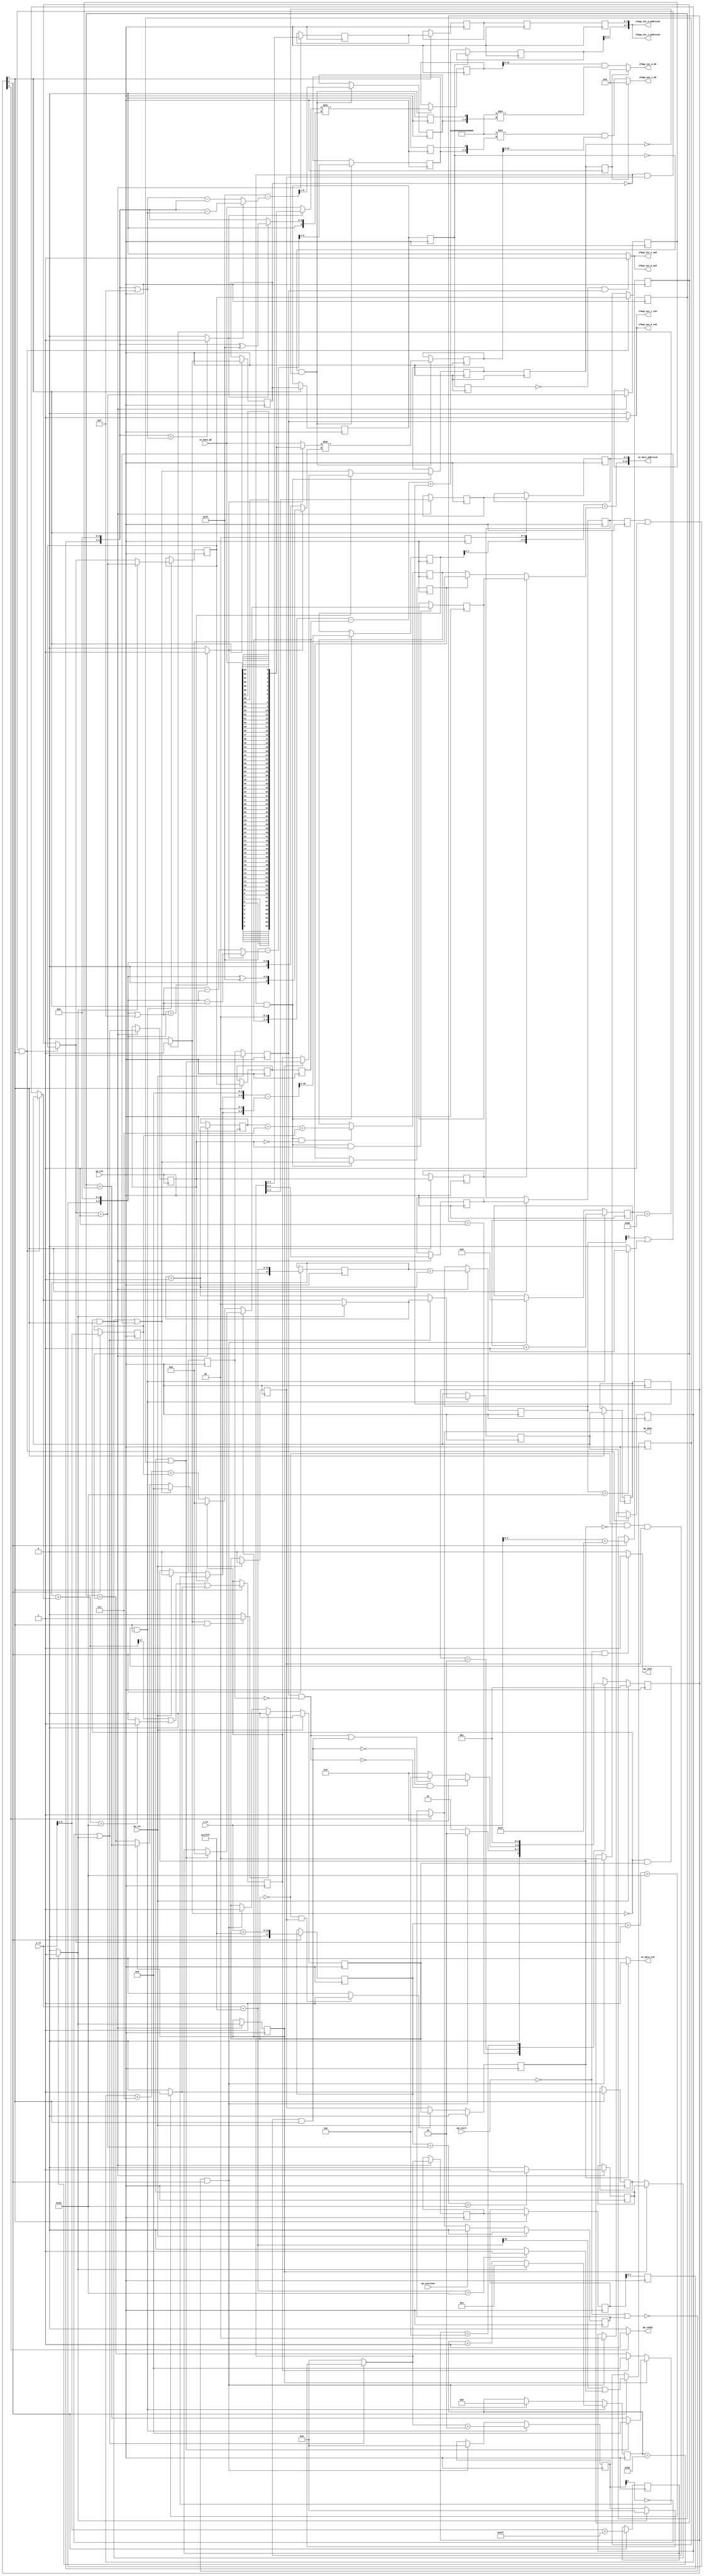
`define EXPONENT 5
`define MANTISSA 10
`define ACTUAL_MANTISSA 11
`define EXPONENT_LSB 10
`define EXPONENT_MSB 14
`define MANTISSA_LSB 0
`define MANTISSA_MSB 9
`define MANTISSA_MUL_SPLIT_LSB 3
`define MANTISSA_MUL_SPLIT_MSB 9
`define SIGN 1
`define SIGN_LOC 15
`define DWIDTH (`SIGN+`EXPONENT+`MANTISSA)
`define IEEE_COMPLIANCE 1

module td_fused_top_tdf8_readInputs59 (
        ap_clk,
        ap_rst,
        ap_start,
        ap_done,
        ap_continue,
        ap_idle,
        ap_ready,
        in_data_address0,
        in_data_ce0,
        in_data_q0,
        i_13,
        j_13,
        ifmap_vec_0_address0,
        ifmap_vec_0_ce0,
        ifmap_vec_0_we0,
        ifmap_vec_0_d0,
        ifmap_vec_1_address0,
        ifmap_vec_1_ce0,
        ifmap_vec_1_we0,
        ifmap_vec_1_d0
);

parameter    ap_ST_fsm_state1 = 3'd1;
parameter    ap_ST_fsm_pp0_stage0 = 3'd2;
parameter    ap_ST_fsm_state7 = 3'd4;

input   ap_clk;
input   ap_rst;
input   ap_start;
output   ap_done;
input   ap_continue;
output   ap_idle;
output   ap_ready;
output  [12:0] in_data_address0;
output   in_data_ce0;
input  [63:0] in_data_q0;
input  [15:0] i_13;
input  [15:0] j_13;
output  [7:0] ifmap_vec_0_address0;
output   ifmap_vec_0_ce0;
output   ifmap_vec_0_we0;
output  [15:0] ifmap_vec_0_d0;
output  [7:0] ifmap_vec_1_address0;
output   ifmap_vec_1_ce0;
output   ifmap_vec_1_we0;
output  [15:0] ifmap_vec_1_d0;

reg ap_done;
reg ap_idle;
reg ap_ready;
reg in_data_ce0;
reg ifmap_vec_0_ce0;
reg ifmap_vec_0_we0;
reg ifmap_vec_1_ce0;
reg ifmap_vec_1_we0;

reg    ap_done_reg;
  reg   [2:0] ap_CS_fsm;
wire    ap_CS_fsm_state1;
reg   [7:0] indvar_flatten47_reg_179;
reg   [1:0] ii_reg_190;
reg   [6:0] indvar_flatten_reg_202;
reg   [1:0] jj_reg_213;
reg   [5:0] kk_reg_225;
wire   [17:0] p_cast_i_fu_254_p1;
reg   [17:0] p_cast_i_reg_1043;
wire   [9:0] trunc_ln22_fu_258_p1;
reg   [9:0] trunc_ln22_reg_1049;
wire   [17:0] sext_ln22_fu_268_p1;
reg   [17:0] sext_ln22_reg_1055;
wire   [4:0] p_cast_fu_272_p2;
reg   [4:0] p_cast_reg_1061;
wire   [0:0] or_ln23_1_fu_292_p2;
reg   [0:0] or_ln23_1_reg_1067;
wire   [9:0] p_mid137_fu_298_p2;
reg   [9:0] p_mid137_reg_1072;
wire   [7:0] add_ln19_1_fu_304_p2;
wire    ap_CS_fsm_pp0_stage0;
reg    ap_enable_reg_pp0_iter0;
wire    ap_block_state2_pp0_stage0_iter0;
wire    ap_block_state3_pp0_stage0_iter1;
wire    ap_block_state4_pp0_stage0_iter2;
wire    ap_block_state5_pp0_stage0_iter3;
wire    ap_block_state6_pp0_stage0_iter4;
wire    ap_block_pp0_stage0_11001;
wire   [0:0] empty_72_fu_319_p2;
reg   [0:0] empty_72_reg_1082;
wire   [0:0] is_padding_fu_354_p2;
reg   [0:0] is_padding_reg_1087;
wire   [0:0] icmp_ln19_fu_360_p2;
reg   [0:0] icmp_ln19_reg_1094;
reg   [0:0] icmp_ln19_reg_1094_pp0_iter1_reg;
reg   [0:0] icmp_ln19_reg_1094_pp0_iter2_reg;
reg   [0:0] icmp_ln19_reg_1094_pp0_iter3_reg;
wire   [1:0] add_ln19_fu_366_p2;
reg   [1:0] add_ln19_reg_1098;
wire   [0:0] icmp_ln20_fu_372_p2;
reg   [0:0] icmp_ln20_reg_1103;
wire   [1:0] select_ln19_2_fu_394_p3;
reg   [1:0] select_ln19_2_reg_1112;
reg   [1:0] select_ln19_2_reg_1112_pp0_iter1_reg;
reg   [1:0] select_ln19_2_reg_1112_pp0_iter2_reg;
wire   [0:0] p_mid113_fu_411_p2;
reg   [0:0] p_mid113_reg_1119;
wire   [0:0] or_ln19_fu_431_p2;
reg   [0:0] or_ln19_reg_1125;
reg   [0:0] or_ln19_reg_1125_pp0_iter1_reg;
wire   [1:0] add_ln20_fu_437_p2;
reg   [1:0] add_ln20_reg_1132;
wire   [5:0] select_ln20_fu_443_p3;
reg   [5:0] select_ln20_reg_1137;
reg   [5:0] select_ln20_reg_1137_pp0_iter1_reg;
reg   [5:0] select_ln20_reg_1137_pp0_iter2_reg;
wire   [1:0] select_ln20_1_fu_451_p3;
reg   [1:0] select_ln20_1_reg_1142;
reg   [1:0] select_ln20_1_reg_1142_pp0_iter1_reg;
reg   [1:0] select_ln20_1_reg_1142_pp0_iter2_reg;
wire   [17:0] add_ln22_2_fu_463_p2;
reg   [17:0] add_ln22_2_reg_1148;
reg   [2:0] lshr_ln_reg_1154;
reg   [2:0] lshr_ln_reg_1154_pp0_iter1_reg;
wire   [1:0] trunc_ln32_fu_478_p1;
reg   [1:0] trunc_ln32_reg_1159;
reg   [1:0] trunc_ln32_reg_1159_pp0_iter1_reg;
reg   [1:0] trunc_ln32_reg_1159_pp0_iter2_reg;
reg   [3:0] lshr_ln1_reg_1164;
reg   [3:0] lshr_ln1_reg_1164_pp0_iter1_reg;
reg   [3:0] lshr_ln1_reg_1164_pp0_iter2_reg;
reg   [3:0] lshr_ln1_reg_1164_pp0_iter3_reg;
wire   [5:0] add_ln25_fu_492_p2;
wire   [6:0] select_ln20_5_fu_504_p3;
wire   [9:0] select_ln19_7_fu_606_p3;
reg   [9:0] select_ln19_7_reg_1179;
wire   [0:0] or_ln23_5_fu_634_p2;
reg   [0:0] or_ln23_5_reg_1184;
wire   [0:0] select_ln20_2_fu_640_p3;
reg   [0:0] select_ln20_2_reg_1189;
reg   [0:0] select_ln20_2_reg_1189_pp0_iter2_reg;
reg   [0:0] select_ln20_2_reg_1189_pp0_iter3_reg;
wire   [9:0] p_mid1_fu_665_p2;
reg   [9:0] p_mid1_reg_1195;
wire   [10:0] sub_ln32_fu_701_p2;
reg   [10:0] sub_ln32_reg_1200;
wire   [5:0] add_ln33_fu_771_p2;
reg   [5:0] add_ln33_reg_1210;
wire   [6:0] sub_ln32_3_fu_854_p2;
reg   [6:0] sub_ln32_3_reg_1215;
wire   [63:0] lshr_ln32_fu_864_p2;
reg   [63:0] lshr_ln32_reg_1220;
wire   [6:0] sub_ln32_6_fu_955_p2;
reg   [6:0] sub_ln32_6_reg_1225;
wire   [63:0] lshr_ln32_2_fu_965_p2;
reg   [63:0] lshr_ln32_2_reg_1230;
reg    ap_block_state1;
wire    ap_block_pp0_stage0_subdone;
reg    ap_condition_pp0_flush_enable;
reg    ap_enable_reg_pp0_iter1;
reg    ap_enable_reg_pp0_iter2;
reg    ap_condition_pp0_exit_iter1_state3;
reg    ap_enable_reg_pp0_iter3;
reg    ap_enable_reg_pp0_iter4;
reg   [1:0] ap_phi_mux_ii_phi_fu_194_p4;
wire    ap_block_pp0_stage0;
reg   [1:0] ap_phi_mux_jj_phi_fu_217_p4;
wire   [63:0] sext_ln32_fu_739_p1;
wire   [63:0] sext_ln33_fu_1007_p1;
wire   [16:0] zext_ln19_fu_240_p1;
wire   [16:0] empty_70_fu_248_p2;
wire   [16:0] j_cast_i_fu_236_p1;
wire   [16:0] add_ln22_fu_262_p2;
wire   [4:0] empty_fu_244_p1;
wire   [0:0] tmp_fu_278_p3;
wire   [0:0] icmp_ln24_fu_286_p2;
wire   [17:0] ii_cast_i_fu_310_p1;
wire   [17:0] empty_71_fu_314_p2;
wire   [17:0] zext_ln20_fu_325_p1;
wire   [17:0] add_ln22_1_fu_329_p2;
wire   [0:0] tmp_3_fu_334_p3;
wire   [0:0] icmp_ln24_1_fu_342_p2;
wire   [0:0] or_ln23_fu_348_p2;
wire   [17:0] ii_cast_i_mid1_fu_402_p1;
wire   [17:0] p_mid111_fu_406_p2;
wire   [0:0] tmp_4_fu_417_p3;
wire   [0:0] xor_ln25_fu_425_p2;
wire   [1:0] select_ln19_fu_378_p3;
wire   [5:0] select_ln19_1_fu_386_p3;
wire   [17:0] zext_ln20_1_fu_459_p1;
wire   [6:0] add_ln20_1_fu_498_p2;
wire   [4:0] ii_cast_fu_512_p1;
wire   [4:0] p_cast14_i_fu_516_p2;
wire   [2:0] zext_ln22_fu_521_p1;
wire   [2:0] tmp2_fu_532_p2;
wire   [9:0] tmp2_cast_fu_538_p1;
wire   [9:0] empty_73_fu_542_p2;
wire   [4:0] ii_cast_mid1_fu_554_p1;
wire   [4:0] p_cast14_i_mid1_fu_557_p2;
wire   [0:0] or_ln23_3_fu_574_p2;
wire   [4:0] row_coord_int_mid131_fu_584_p3;
wire   [4:0] row_coord_int_fu_525_p3;
wire   [9:0] col_coord_int_mid139_fu_592_p3;
wire   [9:0] col_coord_int_fu_547_p3;
wire   [0:0] tmp_5_fu_616_p3;
wire   [0:0] icmp_ln24_2_fu_623_p2;
wire   [0:0] or_ln23_4_fu_628_p2;
wire   [0:0] select_ln19_4_fu_569_p3;
wire   [0:0] select_ln19_5_fu_578_p3;
wire   [4:0] select_ln19_3_fu_562_p3;
wire   [2:0] zext_ln22_1_fu_613_p1;
wire   [2:0] tmp2_mid1_fu_655_p2;
wire   [9:0] tmp2_cast_mid1_fu_661_p1;
wire   [4:0] select_ln19_6_fu_599_p3;
wire   [4:0] row_coord_int_mid1_fu_647_p3;
wire   [4:0] select_ln20_3_fu_670_p3;
wire   [9:0] tmp_1_fu_677_p3;
wire   [6:0] tmp_2_fu_689_p3;
wire   [10:0] zext_ln32_fu_685_p1;
wire   [10:0] zext_ln32_7_fu_697_p1;
wire   [9:0] col_coord_int_mid1_fu_707_p3;
wire   [9:0] select_ln20_4_fu_716_p3;
wire   [11:0] sext_ln20_fu_713_p1;
wire   [11:0] zext_ln32_8_fu_722_p1;
wire   [11:0] add_ln32_fu_726_p2;
wire   [14:0] tmp_6_fu_732_p3;
wire   [3:0] tmp_s_fu_747_p3;
wire   [4:0] zext_ln33_2_fu_754_p1;
wire   [4:0] zext_ln33_fu_744_p1;
wire   [4:0] sub_ln33_fu_758_p2;
wire   [5:0] sub_ln33_cast_fu_764_p1;
wire   [5:0] zext_ln33_3_fu_768_p1;
wire   [5:0] empty_75_fu_777_p2;
wire   [5:0] empty_76_fu_782_p2;
wire   [6:0] zext_ln32_9_fu_794_p1;
wire   [6:0] zext_ln32_10_fu_798_p1;
wire   [0:0] icmp_ln32_fu_788_p2;
wire   [6:0] sub_ln32_1_fu_812_p2;
wire   [6:0] sub_ln32_2_fu_824_p2;
reg   [63:0] tmp_7_fu_802_p4;
wire   [6:0] xor_ln32_fu_818_p2;
wire   [6:0] select_ln32_fu_830_p3;
wire   [6:0] select_ln32_2_fu_846_p3;
wire   [63:0] select_ln32_1_fu_838_p3;
wire   [63:0] zext_ln32_11_fu_860_p1;
wire   [1:0] or_ln329_i_fu_870_p2;
wire   [5:0] tmp_9_fu_875_p3;
wire   [5:0] empty_77_fu_883_p2;
wire   [6:0] zext_ln32_13_fu_895_p1;
wire   [6:0] zext_ln32_14_fu_899_p1;
wire   [0:0] icmp_ln32_1_fu_889_p2;
wire   [6:0] sub_ln32_4_fu_913_p2;
wire   [6:0] sub_ln32_5_fu_925_p2;
reg   [63:0] tmp_10_fu_903_p4;
wire   [6:0] xor_ln32_1_fu_919_p2;
wire   [6:0] select_ln32_3_fu_931_p3;
wire   [6:0] select_ln32_5_fu_947_p3;
wire   [63:0] select_ln32_4_fu_939_p3;
wire   [63:0] zext_ln32_15_fu_961_p1;
wire   [63:0] zext_ln32_12_fu_971_p1;
wire   [63:0] lshr_ln32_1_fu_974_p2;
wire   [63:0] and_ln32_fu_980_p2;
wire   [15:0] trunc_ln32_1_fu_985_p1;
wire   [15:0] in_data_elem_fu_989_p1;
wire   [9:0] tmp_8_fu_1001_p3;
wire   [63:0] zext_ln32_16_fu_1013_p1;
wire   [63:0] lshr_ln32_3_fu_1016_p2;
wire   [63:0] and_ln32_1_fu_1022_p2;
wire   [15:0] trunc_ln32_2_fu_1027_p1;
wire   [15:0] in_data_elem_1_fu_1031_p1;
wire    ap_CS_fsm_state7;
reg   [2:0] ap_NS_fsm;
reg    ap_idle_pp0;
wire    ap_enable_pp0;
wire    ap_ce_reg;

// power-on initialization
initial begin
#0 ap_done_reg = 1'b0;
#0 ap_CS_fsm = 3'd1;
#0 ap_enable_reg_pp0_iter0 = 1'b0;
#0 ap_enable_reg_pp0_iter1 = 1'b0;
#0 ap_enable_reg_pp0_iter2 = 1'b0;
#0 ap_enable_reg_pp0_iter3 = 1'b0;
#0 ap_enable_reg_pp0_iter4 = 1'b0;
end

always @ (posedge ap_clk) begin
    if (ap_rst == 1'b1) begin
        ap_CS_fsm <= ap_ST_fsm_state1;
    end else begin
        ap_CS_fsm <= ap_NS_fsm;
    end
end

always @ (posedge ap_clk) begin
    if (ap_rst == 1'b1) begin
        ap_done_reg <= 1'b0;
    end else begin
        if ((ap_continue == 1'b1)) begin
            ap_done_reg <= 1'b0;
        end else if ((1'b1 == ap_CS_fsm_state7)) begin
            ap_done_reg <= 1'b1;
        end
    end
end

always @ (posedge ap_clk) begin
    if (ap_rst == 1'b1) begin
        ap_enable_reg_pp0_iter0 <= 1'b0;
    end else begin
        if ((1'b1 == ap_condition_pp0_flush_enable)) begin
            ap_enable_reg_pp0_iter0 <= 1'b0;
        end else if ((~((ap_start == 1'b0) | (ap_done_reg == 1'b1)) & (1'b1 == ap_CS_fsm_state1))) begin
            ap_enable_reg_pp0_iter0 <= 1'b1;
        end
    end
end

always @ (posedge ap_clk) begin
    if (ap_rst == 1'b1) begin
        ap_enable_reg_pp0_iter1 <= 1'b0;
    end else begin
        if ((1'b0 == ap_block_pp0_stage0_subdone)) begin
            ap_enable_reg_pp0_iter1 <= ap_enable_reg_pp0_iter0;
        end
    end
end

always @ (posedge ap_clk) begin
    if (ap_rst == 1'b1) begin
        ap_enable_reg_pp0_iter2 <= 1'b0;
    end else begin
        if ((1'b0 == ap_block_pp0_stage0_subdone)) begin
            if ((1'b1 == ap_condition_pp0_exit_iter1_state3)) begin
                ap_enable_reg_pp0_iter2 <= ap_enable_reg_pp0_iter0;
            end else if ((1'b1 == 1'b1)) begin
                ap_enable_reg_pp0_iter2 <= ap_enable_reg_pp0_iter1;
            end
        end
    end
end

always @ (posedge ap_clk) begin
    if (ap_rst == 1'b1) begin
        ap_enable_reg_pp0_iter3 <= 1'b0;
    end else begin
        if ((1'b0 == ap_block_pp0_stage0_subdone)) begin
            ap_enable_reg_pp0_iter3 <= ap_enable_reg_pp0_iter2;
        end
    end
end

always @ (posedge ap_clk) begin
    if (ap_rst == 1'b1) begin
        ap_enable_reg_pp0_iter4 <= 1'b0;
    end else begin
        if ((1'b0 == ap_block_pp0_stage0_subdone)) begin
            ap_enable_reg_pp0_iter4 <= ap_enable_reg_pp0_iter3;
        end else if ((~((ap_start == 1'b0) | (ap_done_reg == 1'b1)) & (1'b1 == ap_CS_fsm_state1))) begin
            ap_enable_reg_pp0_iter4 <= 1'b0;
        end
    end
end

always @ (posedge ap_clk) begin
    if (((icmp_ln19_reg_1094 == 1'd0) & (1'b0 == ap_block_pp0_stage0_11001) & (ap_enable_reg_pp0_iter1 == 1'b1) & (1'b1 == ap_CS_fsm_pp0_stage0))) begin
        ii_reg_190 <= select_ln19_2_reg_1112;
    end else if ((~((ap_start == 1'b0) | (ap_done_reg == 1'b1)) & (1'b1 == ap_CS_fsm_state1))) begin
        ii_reg_190 <= 2'd0;
    end
end

always @ (posedge ap_clk) begin
    if (((icmp_ln19_fu_360_p2 == 1'd0) & (1'b0 == ap_block_pp0_stage0_11001) & (ap_enable_reg_pp0_iter0 == 1'b1) & (1'b1 == ap_CS_fsm_pp0_stage0))) begin
        indvar_flatten47_reg_179 <= add_ln19_1_fu_304_p2;
    end else if ((~((ap_start == 1'b0) | (ap_done_reg == 1'b1)) & (1'b1 == ap_CS_fsm_state1))) begin
        indvar_flatten47_reg_179 <= 8'd0;
    end
end

always @ (posedge ap_clk) begin
    if (((icmp_ln19_fu_360_p2 == 1'd0) & (1'b0 == ap_block_pp0_stage0_11001) & (ap_enable_reg_pp0_iter0 == 1'b1) & (1'b1 == ap_CS_fsm_pp0_stage0))) begin
        indvar_flatten_reg_202 <= select_ln20_5_fu_504_p3;
    end else if ((~((ap_start == 1'b0) | (ap_done_reg == 1'b1)) & (1'b1 == ap_CS_fsm_state1))) begin
        indvar_flatten_reg_202 <= 7'd0;
    end
end

always @ (posedge ap_clk) begin
    if (((icmp_ln19_reg_1094 == 1'd0) & (1'b0 == ap_block_pp0_stage0_11001) & (ap_enable_reg_pp0_iter1 == 1'b1) & (1'b1 == ap_CS_fsm_pp0_stage0))) begin
        jj_reg_213 <= select_ln20_1_reg_1142;
    end else if ((~((ap_start == 1'b0) | (ap_done_reg == 1'b1)) & (1'b1 == ap_CS_fsm_state1))) begin
        jj_reg_213 <= 2'd0;
    end
end

always @ (posedge ap_clk) begin
    if (((icmp_ln19_fu_360_p2 == 1'd0) & (1'b0 == ap_block_pp0_stage0_11001) & (ap_enable_reg_pp0_iter0 == 1'b1) & (1'b1 == ap_CS_fsm_pp0_stage0))) begin
        kk_reg_225 <= add_ln25_fu_492_p2;
    end else if ((~((ap_start == 1'b0) | (ap_done_reg == 1'b1)) & (1'b1 == ap_CS_fsm_state1))) begin
        kk_reg_225 <= 6'd0;
    end
end

always @ (posedge ap_clk) begin
    if (((icmp_ln19_fu_360_p2 == 1'd0) & (1'b0 == ap_block_pp0_stage0_11001) & (1'b1 == ap_CS_fsm_pp0_stage0))) begin
        add_ln19_reg_1098 <= add_ln19_fu_366_p2;
        add_ln20_reg_1132 <= add_ln20_fu_437_p2;
        add_ln22_2_reg_1148 <= add_ln22_2_fu_463_p2;
        icmp_ln20_reg_1103 <= icmp_ln20_fu_372_p2;
        lshr_ln1_reg_1164 <= {{select_ln20_fu_443_p3[4:1]}};
        lshr_ln_reg_1154 <= {{select_ln20_fu_443_p3[4:2]}};
        or_ln19_reg_1125 <= or_ln19_fu_431_p2;
        p_mid113_reg_1119 <= p_mid113_fu_411_p2;
        select_ln20_reg_1137 <= select_ln20_fu_443_p3;
        trunc_ln32_reg_1159 <= trunc_ln32_fu_478_p1;
    end
end

always @ (posedge ap_clk) begin
    if (((icmp_ln19_reg_1094_pp0_iter2_reg == 1'd0) & (1'b0 == ap_block_pp0_stage0_11001))) begin
        add_ln33_reg_1210 <= add_ln33_fu_771_p2;
    end
end

always @ (posedge ap_clk) begin
    if (((1'b0 == ap_block_pp0_stage0_11001) & (1'b1 == ap_CS_fsm_pp0_stage0))) begin
        empty_72_reg_1082 <= empty_72_fu_319_p2;
        icmp_ln19_reg_1094 <= icmp_ln19_fu_360_p2;
        icmp_ln19_reg_1094_pp0_iter1_reg <= icmp_ln19_reg_1094;
        is_padding_reg_1087 <= is_padding_fu_354_p2;
        lshr_ln1_reg_1164_pp0_iter1_reg <= lshr_ln1_reg_1164;
        lshr_ln_reg_1154_pp0_iter1_reg <= lshr_ln_reg_1154;
        or_ln19_reg_1125_pp0_iter1_reg <= or_ln19_reg_1125;
        select_ln19_2_reg_1112_pp0_iter1_reg <= select_ln19_2_reg_1112;
        select_ln20_1_reg_1142_pp0_iter1_reg <= select_ln20_1_reg_1142;
        select_ln20_reg_1137_pp0_iter1_reg <= select_ln20_reg_1137;
        trunc_ln32_reg_1159_pp0_iter1_reg <= trunc_ln32_reg_1159;
    end
end

always @ (posedge ap_clk) begin
    if ((1'b0 == ap_block_pp0_stage0_11001)) begin
        icmp_ln19_reg_1094_pp0_iter2_reg <= icmp_ln19_reg_1094_pp0_iter1_reg;
        icmp_ln19_reg_1094_pp0_iter3_reg <= icmp_ln19_reg_1094_pp0_iter2_reg;
        lshr_ln1_reg_1164_pp0_iter2_reg <= lshr_ln1_reg_1164_pp0_iter1_reg;
        lshr_ln1_reg_1164_pp0_iter3_reg <= lshr_ln1_reg_1164_pp0_iter2_reg;
        select_ln19_2_reg_1112_pp0_iter2_reg <= select_ln19_2_reg_1112_pp0_iter1_reg;
        select_ln20_1_reg_1142_pp0_iter2_reg <= select_ln20_1_reg_1142_pp0_iter1_reg;
        select_ln20_2_reg_1189_pp0_iter2_reg <= select_ln20_2_reg_1189;
        select_ln20_2_reg_1189_pp0_iter3_reg <= select_ln20_2_reg_1189_pp0_iter2_reg;
        select_ln20_reg_1137_pp0_iter2_reg <= select_ln20_reg_1137_pp0_iter1_reg;
        trunc_ln32_reg_1159_pp0_iter2_reg <= trunc_ln32_reg_1159_pp0_iter1_reg;
    end
end

always @ (posedge ap_clk) begin
    if (((icmp_ln19_reg_1094_pp0_iter2_reg == 1'd0) & (1'b0 == ap_block_pp0_stage0_11001) & (select_ln20_2_reg_1189_pp0_iter2_reg == 1'd0))) begin
        lshr_ln32_2_reg_1230 <= lshr_ln32_2_fu_965_p2;
        lshr_ln32_reg_1220 <= lshr_ln32_fu_864_p2;
        sub_ln32_3_reg_1215[6 : 1] <= sub_ln32_3_fu_854_p2[6 : 1];
        sub_ln32_6_reg_1225[6 : 1] <= sub_ln32_6_fu_955_p2[6 : 1];
    end
end

always @ (posedge ap_clk) begin
    if ((1'b1 == ap_CS_fsm_state1)) begin
        or_ln23_1_reg_1067 <= or_ln23_1_fu_292_p2;
        p_cast_i_reg_1043 <= p_cast_i_fu_254_p1;
        p_cast_reg_1061 <= p_cast_fu_272_p2;
        p_mid137_reg_1072 <= p_mid137_fu_298_p2;
        sext_ln22_reg_1055 <= sext_ln22_fu_268_p1;
        trunc_ln22_reg_1049 <= trunc_ln22_fu_258_p1;
    end
end

always @ (posedge ap_clk) begin
    if (((icmp_ln19_reg_1094 == 1'd0) & (1'b0 == ap_block_pp0_stage0_11001) & (1'b1 == ap_CS_fsm_pp0_stage0))) begin
        or_ln23_5_reg_1184 <= or_ln23_5_fu_634_p2;
        select_ln20_2_reg_1189 <= select_ln20_2_fu_640_p3;
        sub_ln32_reg_1200[10 : 2] <= sub_ln32_fu_701_p2[10 : 2];
    end
end

always @ (posedge ap_clk) begin
    if (((icmp_ln19_reg_1094 == 1'd0) & (1'b0 == ap_block_pp0_stage0_11001) & (1'b1 == ap_CS_fsm_pp0_stage0) & (or_ln19_reg_1125 == 1'd0))) begin
        p_mid1_reg_1195 <= p_mid1_fu_665_p2;
    end
end

always @ (posedge ap_clk) begin
    if (((icmp_ln19_fu_360_p2 == 1'd0) & (1'b0 == ap_block_pp0_stage0_11001) & (ap_enable_reg_pp0_iter0 == 1'b1) & (1'b1 == ap_CS_fsm_pp0_stage0))) begin
        select_ln19_2_reg_1112 <= select_ln19_2_fu_394_p3;
        select_ln20_1_reg_1142 <= select_ln20_1_fu_451_p3;
    end
end

always @ (posedge ap_clk) begin
    if (((icmp_ln19_reg_1094 == 1'd0) & (1'b0 == ap_block_pp0_stage0_11001) & (1'b1 == ap_CS_fsm_pp0_stage0) & (or_ln19_reg_1125 == 1'd1))) begin
        select_ln19_7_reg_1179 <= select_ln19_7_fu_606_p3;
    end
end

always @ (*) begin
    if (((ap_enable_reg_pp0_iter0 == 1'b0) & (ap_enable_reg_pp0_iter1 == 1'b1))) begin
        ap_condition_pp0_exit_iter1_state3 = 1'b1;
    end else begin
        ap_condition_pp0_exit_iter1_state3 = 1'b0;
    end
end

always @ (*) begin
    if (((icmp_ln19_fu_360_p2 == 1'd1) & (1'b0 == ap_block_pp0_stage0_subdone) & (1'b1 == ap_CS_fsm_pp0_stage0))) begin
        ap_condition_pp0_flush_enable = 1'b1;
    end else begin
        ap_condition_pp0_flush_enable = 1'b0;
    end
end

always @ (*) begin
    if ((1'b1 == ap_CS_fsm_state7)) begin
        ap_done = 1'b1;
    end else begin
        ap_done = ap_done_reg;
    end
end

always @ (*) begin
    if (((ap_start == 1'b0) & (1'b1 == ap_CS_fsm_state1))) begin
        ap_idle = 1'b1;
    end else begin
        ap_idle = 1'b0;
    end
end

always @ (*) begin
    if (((ap_enable_reg_pp0_iter0 == 1'b0) & (ap_enable_reg_pp0_iter4 == 1'b0) & (ap_enable_reg_pp0_iter3 == 1'b0) & (ap_enable_reg_pp0_iter2 == 1'b0) & (ap_enable_reg_pp0_iter1 == 1'b0))) begin
        ap_idle_pp0 = 1'b1;
    end else begin
        ap_idle_pp0 = 1'b0;
    end
end

always @ (*) begin
    if (((icmp_ln19_reg_1094 == 1'd0) & (1'b0 == ap_block_pp0_stage0) & (ap_enable_reg_pp0_iter1 == 1'b1) & (1'b1 == ap_CS_fsm_pp0_stage0))) begin
        ap_phi_mux_ii_phi_fu_194_p4 = select_ln19_2_reg_1112;
    end else begin
        ap_phi_mux_ii_phi_fu_194_p4 = ii_reg_190;
    end
end

always @ (*) begin
    if (((icmp_ln19_reg_1094 == 1'd0) & (1'b0 == ap_block_pp0_stage0) & (ap_enable_reg_pp0_iter1 == 1'b1) & (1'b1 == ap_CS_fsm_pp0_stage0))) begin
        ap_phi_mux_jj_phi_fu_217_p4 = select_ln20_1_reg_1142;
    end else begin
        ap_phi_mux_jj_phi_fu_217_p4 = jj_reg_213;
    end
end

always @ (*) begin
    if ((1'b1 == ap_CS_fsm_state7)) begin
        ap_ready = 1'b1;
    end else begin
        ap_ready = 1'b0;
    end
end

always @ (*) begin
    if (((1'b0 == ap_block_pp0_stage0_11001) & (ap_enable_reg_pp0_iter4 == 1'b1))) begin
        ifmap_vec_0_ce0 = 1'b1;
    end else begin
        ifmap_vec_0_ce0 = 1'b0;
    end
end

always @ (*) begin
    if (((icmp_ln19_reg_1094_pp0_iter3_reg == 1'd0) & (1'b0 == ap_block_pp0_stage0_11001) & (ap_enable_reg_pp0_iter4 == 1'b1))) begin
        ifmap_vec_0_we0 = 1'b1;
    end else begin
        ifmap_vec_0_we0 = 1'b0;
    end
end

always @ (*) begin
    if (((1'b0 == ap_block_pp0_stage0_11001) & (ap_enable_reg_pp0_iter4 == 1'b1))) begin
        ifmap_vec_1_ce0 = 1'b1;
    end else begin
        ifmap_vec_1_ce0 = 1'b0;
    end
end

always @ (*) begin
    if (((icmp_ln19_reg_1094_pp0_iter3_reg == 1'd0) & (1'b0 == ap_block_pp0_stage0_11001) & (ap_enable_reg_pp0_iter4 == 1'b1))) begin
        ifmap_vec_1_we0 = 1'b1;
    end else begin
        ifmap_vec_1_we0 = 1'b0;
    end
end

always @ (*) begin
    if (((1'b0 == ap_block_pp0_stage0_11001) & (ap_enable_reg_pp0_iter2 == 1'b1))) begin
        in_data_ce0 = 1'b1;
    end else begin
        in_data_ce0 = 1'b0;
    end
end

always @ (*) begin
    case (ap_CS_fsm)
        ap_ST_fsm_state1 : begin
            if ((~((ap_start == 1'b0) | (ap_done_reg == 1'b1)) & (1'b1 == ap_CS_fsm_state1))) begin
                ap_NS_fsm = ap_ST_fsm_pp0_stage0;
            end else begin
                ap_NS_fsm = ap_ST_fsm_state1;
            end
        end
        ap_ST_fsm_pp0_stage0 : begin
            if ((~((1'b0 == ap_block_pp0_stage0_subdone) & (ap_enable_reg_pp0_iter0 == 1'b0) & (ap_enable_reg_pp0_iter2 == 1'b0) & (ap_enable_reg_pp0_iter1 == 1'b1) & (1'b1 == ap_CS_fsm_pp0_stage0)) & ~((1'b0 == ap_block_pp0_stage0_subdone) & (ap_enable_reg_pp0_iter4 == 1'b1) & (ap_enable_reg_pp0_iter3 == 1'b0)))) begin
                ap_NS_fsm = ap_ST_fsm_pp0_stage0;
            end else if ((((1'b0 == ap_block_pp0_stage0_subdone) & (ap_enable_reg_pp0_iter4 == 1'b1) & (ap_enable_reg_pp0_iter3 == 1'b0)) | ((1'b0 == ap_block_pp0_stage0_subdone) & (ap_enable_reg_pp0_iter0 == 1'b0) & (ap_enable_reg_pp0_iter2 == 1'b0) & (ap_enable_reg_pp0_iter1 == 1'b1) & (1'b1 == ap_CS_fsm_pp0_stage0)))) begin
                ap_NS_fsm = ap_ST_fsm_state7;
            end else begin
                ap_NS_fsm = ap_ST_fsm_pp0_stage0;
            end
        end
        ap_ST_fsm_state7 : begin
            ap_NS_fsm = ap_ST_fsm_state1;
        end
        default : begin
            ap_NS_fsm = 'bx;
        end
    endcase
end

assign add_ln19_1_fu_304_p2 = (indvar_flatten47_reg_179 + 8'd1);

assign add_ln19_fu_366_p2 = (ap_phi_mux_ii_phi_fu_194_p4 + 2'd1);

assign add_ln20_1_fu_498_p2 = (indvar_flatten_reg_202 + 7'd1);

assign add_ln20_fu_437_p2 = (select_ln19_fu_378_p3 + 2'd1);

assign add_ln22_1_fu_329_p2 = ((sext_ln22_reg_1055) + (zext_ln20_fu_325_p1));

assign add_ln22_2_fu_463_p2 = ((sext_ln22_reg_1055) + (zext_ln20_1_fu_459_p1));

assign add_ln22_fu_262_p2 = ((j_cast_i_fu_236_p1) + (17'd131071));

assign add_ln25_fu_492_p2 = (select_ln20_fu_443_p3 + 6'd2);

assign add_ln32_fu_726_p2 = ((sext_ln20_fu_713_p1) + (zext_ln32_8_fu_722_p1));

assign add_ln33_fu_771_p2 = ((sub_ln33_cast_fu_764_p1) + (zext_ln33_3_fu_768_p1));

assign and_ln32_1_fu_1022_p2 = (lshr_ln32_3_fu_1016_p2 & lshr_ln32_2_reg_1230);

assign and_ln32_fu_980_p2 = (lshr_ln32_reg_1220 & lshr_ln32_1_fu_974_p2);

assign ap_CS_fsm_pp0_stage0 = ap_CS_fsm[32'd1];

assign ap_CS_fsm_state1 = ap_CS_fsm[32'd0];

assign ap_CS_fsm_state7 = ap_CS_fsm[32'd2];

assign ap_block_pp0_stage0 = ~(1'b1 == 1'b1);

assign ap_block_pp0_stage0_11001 = ~(1'b1 == 1'b1);

assign ap_block_pp0_stage0_subdone = ~(1'b1 == 1'b1);

always @ (*) begin
    ap_block_state1 = ((ap_start == 1'b0) | (ap_done_reg == 1'b1));
end

assign ap_block_state2_pp0_stage0_iter0 = ~(1'b1 == 1'b1);

assign ap_block_state3_pp0_stage0_iter1 = ~(1'b1 == 1'b1);

assign ap_block_state4_pp0_stage0_iter2 = ~(1'b1 == 1'b1);

assign ap_block_state5_pp0_stage0_iter3 = ~(1'b1 == 1'b1);

assign ap_block_state6_pp0_stage0_iter4 = ~(1'b1 == 1'b1);

assign ap_enable_pp0 = (ap_idle_pp0 ^ 1'b1);

assign col_coord_int_fu_547_p3 = ((is_padding_reg_1087[0:0] == 1'b1) ? 10'd0 : empty_73_fu_542_p2);

assign col_coord_int_mid139_fu_592_p3 = ((or_ln23_3_fu_574_p2[0:0] == 1'b1) ? 10'd0 : p_mid137_reg_1072);

assign col_coord_int_mid1_fu_707_p3 = ((or_ln23_5_reg_1184[0:0] == 1'b1) ? 10'd0 : p_mid1_reg_1195);

assign empty_70_fu_248_p2 = ((zext_ln19_fu_240_p1) + (17'd131071));

assign empty_71_fu_314_p2 = ((p_cast_i_reg_1043) + (ii_cast_i_fu_310_p1));

assign empty_72_fu_319_p2 = ((empty_71_fu_314_p2 > 18'd27) ? 1'b1 : 1'b0);

assign empty_73_fu_542_p2 = ((tmp2_cast_fu_538_p1) + (trunc_ln22_reg_1049));

assign empty_75_fu_777_p2 = select_ln20_reg_1137_pp0_iter2_reg << 6'd4;

assign empty_76_fu_782_p2 = (empty_75_fu_777_p2 | 6'd15);

assign empty_77_fu_883_p2 = (tmp_9_fu_875_p3 | 6'd15);

assign empty_fu_244_p1 = i_13[4:0];

assign icmp_ln19_fu_360_p2 = ((indvar_flatten47_reg_179 == 8'd144) ? 1'b1 : 1'b0);

assign icmp_ln20_fu_372_p2 = ((indvar_flatten_reg_202 == 7'd48) ? 1'b1 : 1'b0);

assign icmp_ln24_1_fu_342_p2 = (((add_ln22_1_fu_329_p2) > (18'd27)) ? 1'b1 : 1'b0);

assign icmp_ln24_2_fu_623_p2 = (((add_ln22_2_reg_1148) > (18'd27)) ? 1'b1 : 1'b0);

assign icmp_ln24_fu_286_p2 = (((add_ln22_fu_262_p2) > (17'd27)) ? 1'b1 : 1'b0);

assign icmp_ln32_1_fu_889_p2 = ((tmp_9_fu_875_p3 > empty_77_fu_883_p2) ? 1'b1 : 1'b0);

assign icmp_ln32_fu_788_p2 = ((empty_75_fu_777_p2 > empty_76_fu_782_p2) ? 1'b1 : 1'b0);

assign ifmap_vec_0_address0 = sext_ln33_fu_1007_p1;

assign ifmap_vec_0_d0 = ((select_ln20_2_reg_1189_pp0_iter3_reg[0:0] == 1'b1) ? 16'd0 : in_data_elem_fu_989_p1);

assign ifmap_vec_1_address0 = sext_ln33_fu_1007_p1;

assign ifmap_vec_1_d0 = ((select_ln20_2_reg_1189_pp0_iter3_reg[0:0] == 1'b1) ? 16'd0 : in_data_elem_1_fu_1031_p1);

assign ii_cast_fu_512_p1 = ii_reg_190;

assign ii_cast_i_fu_310_p1 = ap_phi_mux_ii_phi_fu_194_p4;

assign ii_cast_i_mid1_fu_402_p1 = add_ln19_fu_366_p2;

assign ii_cast_mid1_fu_554_p1 = add_ln19_reg_1098;

assign in_data_address0 = sext_ln32_fu_739_p1;

assign in_data_elem_1_fu_1031_p1 = trunc_ln32_2_fu_1027_p1;

assign in_data_elem_fu_989_p1 = trunc_ln32_1_fu_985_p1;

assign is_padding_fu_354_p2 = (or_ln23_fu_348_p2 | empty_72_fu_319_p2);

assign j_cast_i_fu_236_p1 = j_13;

assign lshr_ln32_1_fu_974_p2 = 64'd18446744073709551615 >> zext_ln32_12_fu_971_p1;

assign lshr_ln32_2_fu_965_p2 = select_ln32_4_fu_939_p3 >> zext_ln32_15_fu_961_p1;

assign lshr_ln32_3_fu_1016_p2 = 64'd18446744073709551615 >> zext_ln32_16_fu_1013_p1;

assign lshr_ln32_fu_864_p2 = select_ln32_1_fu_838_p3 >> zext_ln32_11_fu_860_p1;

assign or_ln19_fu_431_p2 = (xor_ln25_fu_425_p2 | icmp_ln20_fu_372_p2);

assign or_ln23_1_fu_292_p2 = (tmp_fu_278_p3 | icmp_ln24_fu_286_p2);

assign or_ln23_3_fu_574_p2 = (p_mid113_reg_1119 | or_ln23_1_reg_1067);

assign or_ln23_4_fu_628_p2 = (tmp_5_fu_616_p3 | icmp_ln24_2_fu_623_p2);

assign or_ln23_5_fu_634_p2 = (select_ln19_4_fu_569_p3 | or_ln23_4_fu_628_p2);

assign or_ln23_fu_348_p2 = (tmp_3_fu_334_p3 | icmp_ln24_1_fu_342_p2);

assign or_ln329_i_fu_870_p2 = (trunc_ln32_reg_1159_pp0_iter2_reg | 2'd1);

assign p_cast14_i_fu_516_p2 = (p_cast_reg_1061 + ii_cast_fu_512_p1);

assign p_cast14_i_mid1_fu_557_p2 = (p_cast_reg_1061 + ii_cast_mid1_fu_554_p1);

assign p_cast_fu_272_p2 = ((empty_fu_244_p1) + (5'd31));

assign p_cast_i_fu_254_p1 = (empty_70_fu_248_p2);

assign p_mid111_fu_406_p2 = ((p_cast_i_reg_1043) + (ii_cast_i_mid1_fu_402_p1));

assign p_mid113_fu_411_p2 = ((p_mid111_fu_406_p2 > 18'd27) ? 1'b1 : 1'b0);

assign p_mid137_fu_298_p2 = ((trunc_ln22_fu_258_p1) + (10'd1023));

assign p_mid1_fu_665_p2 = ((tmp2_cast_mid1_fu_661_p1) + (trunc_ln22_reg_1049));

assign row_coord_int_fu_525_p3 = ((is_padding_reg_1087[0:0] == 1'b1) ? 5'd0 : p_cast14_i_fu_516_p2);

assign row_coord_int_mid131_fu_584_p3 = ((or_ln23_3_fu_574_p2[0:0] == 1'b1) ? 5'd0 : p_cast14_i_mid1_fu_557_p2);

assign row_coord_int_mid1_fu_647_p3 = ((or_ln23_5_fu_634_p2[0:0] == 1'b1) ? 5'd0 : select_ln19_3_fu_562_p3);

assign select_ln19_1_fu_386_p3 = ((icmp_ln20_fu_372_p2[0:0] == 1'b1) ? 6'd0 : kk_reg_225);

assign select_ln19_2_fu_394_p3 = ((icmp_ln20_fu_372_p2[0:0] == 1'b1) ? add_ln19_fu_366_p2 : ap_phi_mux_ii_phi_fu_194_p4);

assign select_ln19_3_fu_562_p3 = ((icmp_ln20_reg_1103[0:0] == 1'b1) ? p_cast14_i_mid1_fu_557_p2 : p_cast14_i_fu_516_p2);

assign select_ln19_4_fu_569_p3 = ((icmp_ln20_reg_1103[0:0] == 1'b1) ? p_mid113_reg_1119 : empty_72_reg_1082);

assign select_ln19_5_fu_578_p3 = ((icmp_ln20_reg_1103[0:0] == 1'b1) ? or_ln23_3_fu_574_p2 : is_padding_reg_1087);

assign select_ln19_6_fu_599_p3 = ((icmp_ln20_reg_1103[0:0] == 1'b1) ? row_coord_int_mid131_fu_584_p3 : row_coord_int_fu_525_p3);

assign select_ln19_7_fu_606_p3 = ((icmp_ln20_reg_1103[0:0] == 1'b1) ? col_coord_int_mid139_fu_592_p3 : col_coord_int_fu_547_p3);

assign select_ln19_fu_378_p3 = ((icmp_ln20_fu_372_p2[0:0] == 1'b1) ? 2'd0 : ap_phi_mux_jj_phi_fu_217_p4);

assign select_ln20_1_fu_451_p3 = ((or_ln19_fu_431_p2[0:0] == 1'b1) ? select_ln19_fu_378_p3 : add_ln20_fu_437_p2);

assign select_ln20_2_fu_640_p3 = ((or_ln19_reg_1125[0:0] == 1'b1) ? select_ln19_5_fu_578_p3 : or_ln23_5_fu_634_p2);

assign select_ln20_3_fu_670_p3 = ((or_ln19_reg_1125[0:0] == 1'b1) ? select_ln19_6_fu_599_p3 : row_coord_int_mid1_fu_647_p3);

assign select_ln20_4_fu_716_p3 = ((or_ln19_reg_1125_pp0_iter1_reg[0:0] == 1'b1) ? select_ln19_7_reg_1179 : col_coord_int_mid1_fu_707_p3);

assign select_ln20_5_fu_504_p3 = ((icmp_ln20_fu_372_p2[0:0] == 1'b1) ? 7'd1 : add_ln20_1_fu_498_p2);

assign select_ln20_fu_443_p3 = ((or_ln19_fu_431_p2[0:0] == 1'b1) ? select_ln19_1_fu_386_p3 : 6'd0);

assign select_ln32_1_fu_838_p3 = ((icmp_ln32_fu_788_p2[0:0] == 1'b1) ? tmp_7_fu_802_p4 : in_data_q0);

assign select_ln32_2_fu_846_p3 = ((icmp_ln32_fu_788_p2[0:0] == 1'b1) ? xor_ln32_fu_818_p2 : zext_ln32_9_fu_794_p1);

assign select_ln32_3_fu_931_p3 = ((icmp_ln32_1_fu_889_p2[0:0] == 1'b1) ? sub_ln32_4_fu_913_p2 : sub_ln32_5_fu_925_p2);

assign select_ln32_4_fu_939_p3 = ((icmp_ln32_1_fu_889_p2[0:0] == 1'b1) ? tmp_10_fu_903_p4 : in_data_q0);

assign select_ln32_5_fu_947_p3 = ((icmp_ln32_1_fu_889_p2[0:0] == 1'b1) ? xor_ln32_1_fu_919_p2 : zext_ln32_13_fu_895_p1);

assign select_ln32_fu_830_p3 = ((icmp_ln32_fu_788_p2[0:0] == 1'b1) ? sub_ln32_1_fu_812_p2 : sub_ln32_2_fu_824_p2);

assign sext_ln20_fu_713_p1 = (sub_ln32_reg_1200);

assign sext_ln22_fu_268_p1 = add_ln22_fu_262_p2;

assign sext_ln32_fu_739_p1 = (tmp_6_fu_732_p3);

assign sext_ln33_fu_1007_p1 = (tmp_8_fu_1001_p3);

assign sub_ln32_1_fu_812_p2 = (zext_ln32_9_fu_794_p1 - zext_ln32_10_fu_798_p1);

assign sub_ln32_2_fu_824_p2 = (zext_ln32_10_fu_798_p1 - zext_ln32_9_fu_794_p1);

assign sub_ln32_3_fu_854_p2 = (7'd63 - select_ln32_fu_830_p3);

assign sub_ln32_4_fu_913_p2 = (zext_ln32_13_fu_895_p1 - zext_ln32_14_fu_899_p1);

assign sub_ln32_5_fu_925_p2 = (zext_ln32_14_fu_899_p1 - zext_ln32_13_fu_895_p1);

assign sub_ln32_6_fu_955_p2 = (7'd63 - select_ln32_3_fu_931_p3);

assign sub_ln32_fu_701_p2 = (zext_ln32_fu_685_p1 - zext_ln32_7_fu_697_p1);

assign sub_ln33_cast_fu_764_p1 = (sub_ln33_fu_758_p2);

assign sub_ln33_fu_758_p2 = (zext_ln33_2_fu_754_p1 - zext_ln33_fu_744_p1);

assign tmp2_cast_fu_538_p1 = (tmp2_fu_532_p2);

assign tmp2_cast_mid1_fu_661_p1 = (tmp2_mid1_fu_655_p2);

assign tmp2_fu_532_p2 = ((zext_ln22_fu_521_p1) + (3'd7));

assign tmp2_mid1_fu_655_p2 = ((zext_ln22_1_fu_613_p1) + (3'd7));

integer ap_tvar_int_0;

always @ (in_data_q0) begin
    //for (ap_tvar_int_0 = 64 - 1; ap_tvar_int_0 >= 0; ap_tvar_int_0 = ap_tvar_int_0 - 1) begin
    for (ap_tvar_int_0 = 0; ap_tvar_int_0 < 64; ap_tvar_int_0 = ap_tvar_int_0 + 1) begin
        if (ap_tvar_int_0 > 63 - 0) begin
            tmp_10_fu_903_p4[ap_tvar_int_0] = 1'b0;
        end else begin
            tmp_10_fu_903_p4[ap_tvar_int_0] = in_data_q0[63 - ap_tvar_int_0];
        end
    end
end

assign tmp_1_fu_677_p3 = {{select_ln20_3_fu_670_p3}, {5'd0}};

assign tmp_2_fu_689_p3 = {{select_ln20_3_fu_670_p3}, {2'd0}};

assign tmp_3_fu_334_p3 = add_ln22_1_fu_329_p2[32'd17];

assign tmp_4_fu_417_p3 = kk_reg_225[32'd5];

assign tmp_5_fu_616_p3 = add_ln22_2_reg_1148[32'd17];

assign tmp_6_fu_732_p3 = {{add_ln32_fu_726_p2}, {lshr_ln_reg_1154_pp0_iter1_reg}};

integer ap_tvar_int_1;

always @ (in_data_q0) begin
    //for (ap_tvar_int_1 = 64 - 1; ap_tvar_int_1 >= 0; ap_tvar_int_1 = ap_tvar_int_1 - 1) begin
    for (ap_tvar_int_1 = 0; ap_tvar_int_1 < 64; ap_tvar_int_1 = ap_tvar_int_1 + 1) begin
        if (ap_tvar_int_1 > 63 - 0) begin
            tmp_7_fu_802_p4[ap_tvar_int_1] = 1'b0;
        end else begin
            tmp_7_fu_802_p4[ap_tvar_int_1] = in_data_q0[63 - ap_tvar_int_1];
        end
    end
end

assign tmp_8_fu_1001_p3 = {{add_ln33_reg_1210}, {lshr_ln1_reg_1164_pp0_iter3_reg}};

assign tmp_9_fu_875_p3 = {{or_ln329_i_fu_870_p2}, {4'd0}};

assign tmp_fu_278_p3 = add_ln22_fu_262_p2[32'd16];

assign tmp_s_fu_747_p3 = {{select_ln19_2_reg_1112_pp0_iter2_reg}, {2'd0}};

assign trunc_ln22_fu_258_p1 = j_13[9:0];

assign trunc_ln32_1_fu_985_p1 = and_ln32_fu_980_p2[15:0];

assign trunc_ln32_2_fu_1027_p1 = and_ln32_1_fu_1022_p2[15:0];

assign trunc_ln32_fu_478_p1 = select_ln20_fu_443_p3[1:0];

assign xor_ln25_fu_425_p2 = (tmp_4_fu_417_p3 ^ 1'd1);

assign xor_ln32_1_fu_919_p2 = (zext_ln32_13_fu_895_p1 ^ 7'd63);

assign xor_ln32_fu_818_p2 = (zext_ln32_9_fu_794_p1 ^ 7'd63);

assign zext_ln19_fu_240_p1 = i_13;

assign zext_ln20_1_fu_459_p1 = add_ln20_fu_437_p2;

assign zext_ln20_fu_325_p1 = ap_phi_mux_jj_phi_fu_217_p4;

assign zext_ln22_1_fu_613_p1 = add_ln20_reg_1132;

assign zext_ln22_fu_521_p1 = jj_reg_213;

assign zext_ln32_10_fu_798_p1 = empty_76_fu_782_p2;

assign zext_ln32_11_fu_860_p1 = select_ln32_2_fu_846_p3;

assign zext_ln32_12_fu_971_p1 = sub_ln32_3_reg_1215;

assign zext_ln32_13_fu_895_p1 = tmp_9_fu_875_p3;

assign zext_ln32_14_fu_899_p1 = empty_77_fu_883_p2;

assign zext_ln32_15_fu_961_p1 = select_ln32_5_fu_947_p3;

assign zext_ln32_16_fu_1013_p1 = sub_ln32_6_reg_1225;

assign zext_ln32_7_fu_697_p1 = tmp_2_fu_689_p3;

assign zext_ln32_8_fu_722_p1 = select_ln20_4_fu_716_p3;

assign zext_ln32_9_fu_794_p1 = empty_75_fu_777_p2;

assign zext_ln32_fu_685_p1 = tmp_1_fu_677_p3;

assign zext_ln33_2_fu_754_p1 = tmp_s_fu_747_p3;

assign zext_ln33_3_fu_768_p1 = select_ln20_1_reg_1142_pp0_iter2_reg;

assign zext_ln33_fu_744_p1 = select_ln19_2_reg_1112_pp0_iter2_reg;

always @ (posedge ap_clk) begin
    sub_ln32_reg_1200[1:0] <= 2'b00;
    sub_ln32_3_reg_1215[0] <= 1'b0;
    sub_ln32_6_reg_1225[0] <= 1'b0;
end

endmodule //td_fused_top_tdf8_readInputs59